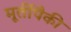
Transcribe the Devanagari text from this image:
मूर्तीपैकी